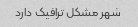
شهر مشکل ترافیک دارد